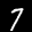
Label: 7